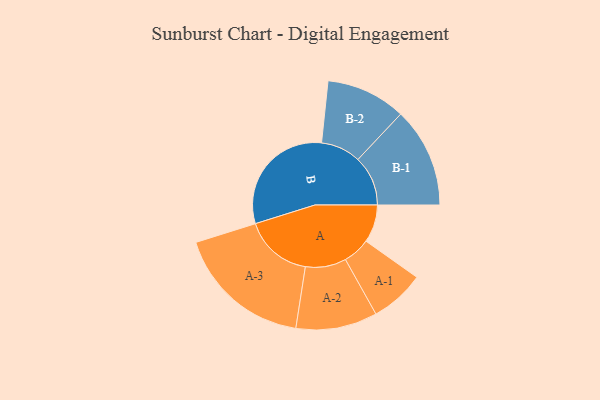
{"axis": {"x": "Segment", "y": "Value"}, "legend": ["", "A", "B"], "data": [{"x": "A", "y": 143, "type": ""}, {"x": "B", "y": 459, "type": ""}, {"x": "A-1", "y": 103, "type": "A"}, {"x": "A-2", "y": 154, "type": "A"}, {"x": "A-3", "y": 258, "type": "A"}, {"x": "B-1", "y": 189, "type": "B"}, {"x": "B-2", "y": 151, "type": "B"}]}